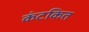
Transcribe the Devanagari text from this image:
कंटकित